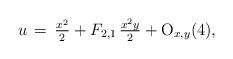
LaTeX: \begin{align*}u\,=\,\tfrac{x^2}{2} +F_{2,1}\,\tfrac{x^2y}{2}+{\rm O}_{x,y}(4),\end{align*}